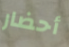
أحضار